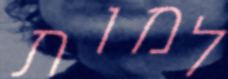
למות